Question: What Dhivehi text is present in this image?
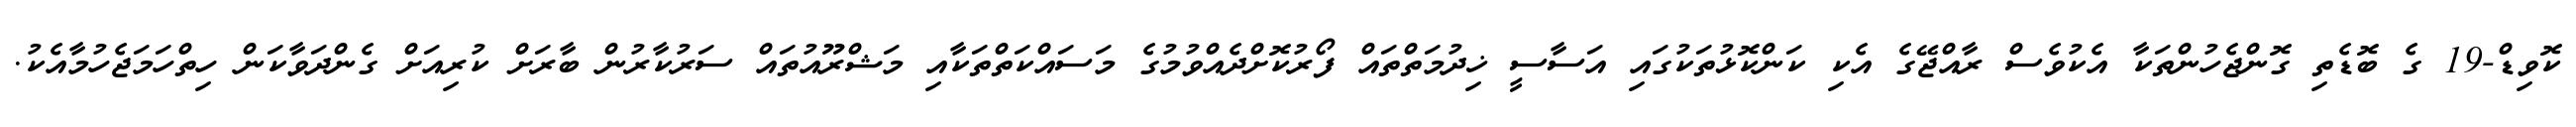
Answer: ކޮވިޑް-19 ގެ ބޮޑެތި ގޮންޖެހުންތަކާ އެކުވެސް ރާއްޖޭގެ އެކި ކަންކޮޅުތަކުގައި އަސާސީ ޚިދުމަތްތައް ފޯރުކޮށްދެއްވުމުގެ މަސައްކަތްތަކާއި މަޝްރޫއުތައް ސަރުކާރުން ބާރަށް ކުރިއަށް ގެންދަވާކަން ހިތްހަމަޖެހުމާއެކު.